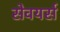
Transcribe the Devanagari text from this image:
सेवयर्स